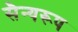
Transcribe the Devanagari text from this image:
सैन्यरूप